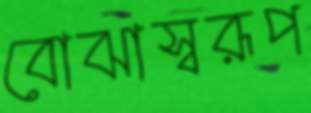
বোঝাস্বরূপ